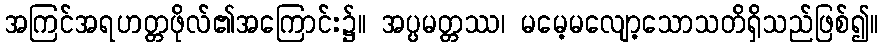
အကြင်အရဟတ္တဖိုလ်၏အကြောင်း၌။ အပ္ပမတ္တဿ၊ မမေ့မလျော့သောသတိရှိသည်ဖြစ်၍။